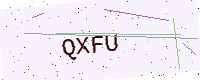
Text: QXFU